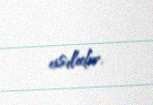
asılıdır.